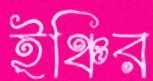
ইঞ্চির